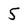
Character: 5